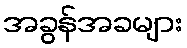
အခွန်အခများ